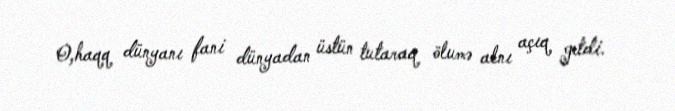
O,haqq dünyanı fani dünyadan üstün tutaraq ölumə alnı açıq getdi.